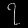
Digit: ၇